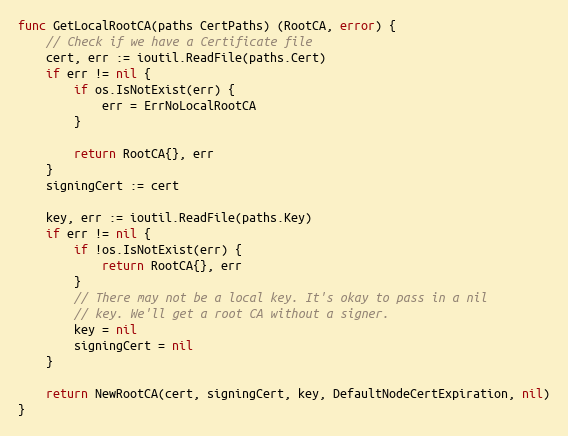
Language: Go
func GetLocalRootCA(paths CertPaths) (RootCA, error) {
	// Check if we have a Certificate file
	cert, err := ioutil.ReadFile(paths.Cert)
	if err != nil {
		if os.IsNotExist(err) {
			err = ErrNoLocalRootCA
		}

		return RootCA{}, err
	}
	signingCert := cert

	key, err := ioutil.ReadFile(paths.Key)
	if err != nil {
		if !os.IsNotExist(err) {
			return RootCA{}, err
		}
		// There may not be a local key. It's okay to pass in a nil
		// key. We'll get a root CA without a signer.
		key = nil
		signingCert = nil
	}

	return NewRootCA(cert, signingCert, key, DefaultNodeCertExpiration, nil)
}